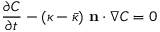
\frac { \partial C } { \partial t } - ( \kappa - \bar { \kappa } ) \ \mathbf { n } \cdot \nabla C = 0